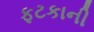
ફટકાની